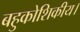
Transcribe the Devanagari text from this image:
बहुकोशिकीय।